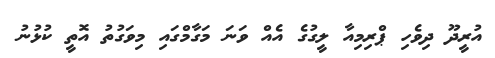
އުރީދޫ ދިވެހި ޕްރިމިއާ ލީގުގެ އެއް ވަނަ މަގާމްގައި މިވަގުތު އޮތީ ކުޅުނު